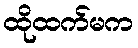
ထိုထက်မက